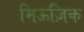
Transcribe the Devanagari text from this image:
मिऊज़िक